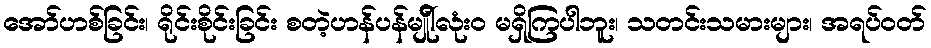
အော်ဟစ်ခြင်း၊ ရိုင်းစိုင်းခြင်း စတဲ့ဟန်ပန်မျိုါ်လုံး၀ မရှိကြပါဘူး၊ သတင်းသမားများ၊ အရပ်ဝတ်